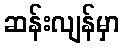
ဆန်းလျန်မှာ